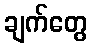
ချက်တွေ